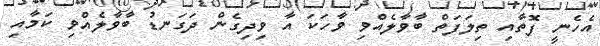
އެހެނީ ފޮތާއި ތިލަފަތް ބާވާލެއްވި ވާހަކަ އާ ވިދިގެން ދަގަނޑު ބާވާލެއްވި ކަމާއި